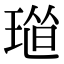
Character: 𤦴